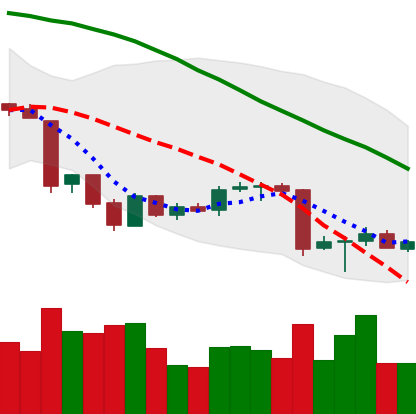
Ticker: BTC-USD
Chart end date: 2018-06-27
Forward return: 7.423%
Label: up_7plus